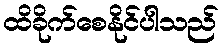
ထိခိုက်စေနိုင်ပါသည်